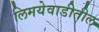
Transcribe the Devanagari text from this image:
लिमयेवाडीतील